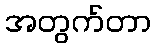
အတွက်တာ